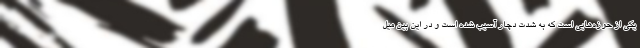
یکی از حوزه‌هایی است که به شدت دچار آسیب شده است و در این بین میل